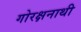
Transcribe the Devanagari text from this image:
गोरक्षनाथी